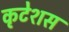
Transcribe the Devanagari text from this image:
कृटेशस